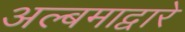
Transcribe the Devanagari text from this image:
अल्बमाद्वारे